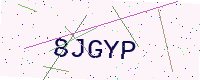
Text: 8JGYP